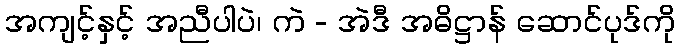
အကျင့်နှင့် အညီပါပဲ၊ ကဲ - အဲဒီ အဓိဋ္ဌာန် ဆောင်ပုဒ်ကို